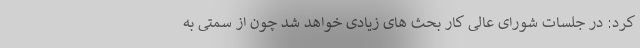
کرد: در جلسات شورای عالی کار بحث های زیادی خواهد شد چون از سمتی به